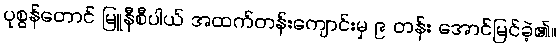
ပုစွန်တောင် မြူနီစီပါယ် အထက်တန်းကျောင်းမှ ၉ တန်း အောင်မြင်ခဲ့၏။